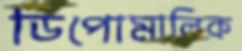
ডিপোমালিক